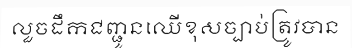
លួចដឹកជញ្ជូនឈើខុសច្បាប់ត្រូវបាន